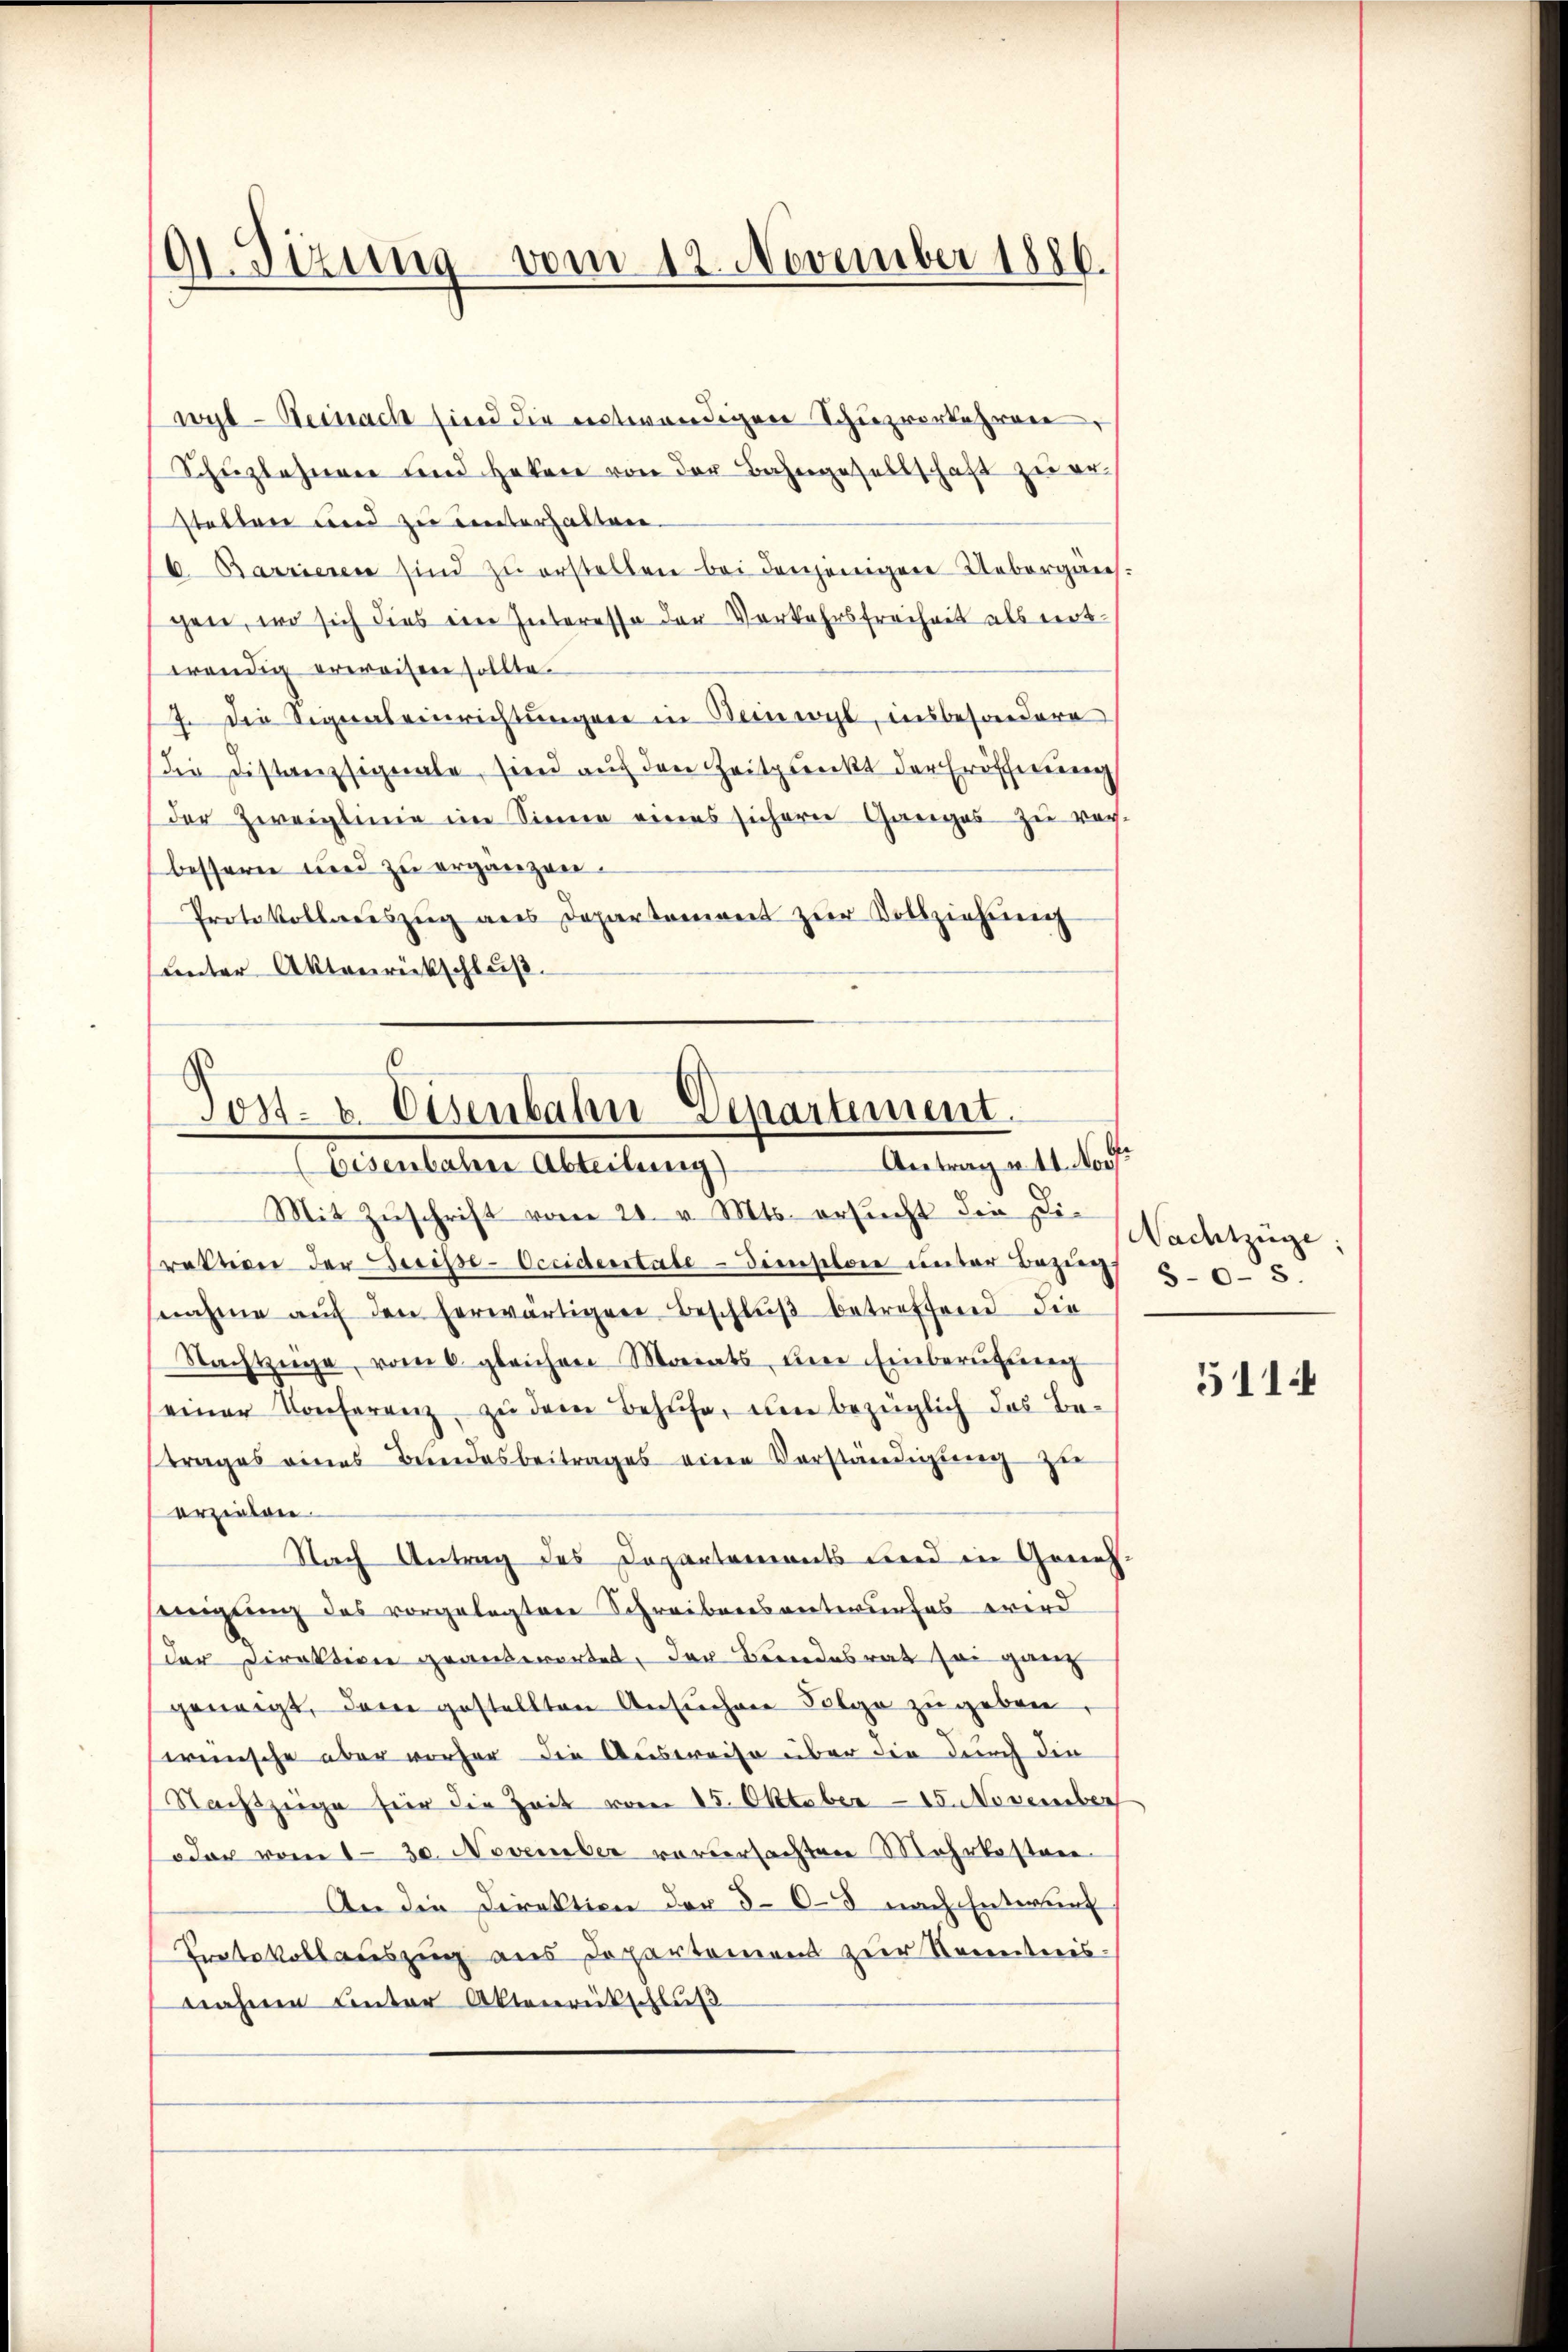
91. Sizung vom 12. November 1886.

wyl-Beinach sind die entwendigen Schuzverkehren,
Schuzlehnen und Haken von der Bahngesellschaft zu erstellen und zu unterhalten.
6. Barrieren sind zu erstellen bei denjenigen Uebergängen, wo sich dies ein Interesse der Verkehrsfreiheit als entwendig erweisen sollte.
7. Die Signaleinrichtungen in Beinwyl, insbesondere
Die Distanzsignale, sien auch den Zeitpunkt der Eröffnung
der Zweiglinie im Sinne eines sichern Ganges zu rech-
bessern und zu ergänzen.
Protokollsauszug aus Departement zŭr Vollziehŭng
unter Aktenrückschluß.

Post- u. Eisenbahn-Departement.
Antrag u. 11. No. 5
Eisenbahrer Abteilung)

Mit Zŭschrift vom 20. v. Mts. ersucht die Diraktion der Herisse-Occiderstale - Dieselone unter Bezirg 503.
snahme aŭf den herwärtigen Beschlŭβ betreffend die
Nachtzüge, vom 6. gleichen Monats, um Einberufung
einer Konferenz zŭ dem Behufe, um bezüglich das Be-
trages eines Bundesbeitrages eine Vorständigung zu
erziehen.
Nach Antrag des Departements und in Genehweigung des vorgelegten Schreibensantwurfes wird
der Direktion geantwortet, der Beendesrat sei ganz
geneigt, dem gestellten Ansuchen Folge zu geben,
wünsche aber vorher die Ausweise über die durch die
Nachtzeige für die Zeit vom 15. Oktober-15. November
oder vom 1. 30. November vorversachten Mehrkosten
An die Direktion der 505 nach Entwurf
Protokollauszug aus Departement zur Sonentnis-
nahmen unter Aktenrückschluß

Nachtzüge:

511